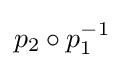
p_{2}\circ p_{1}^{-1}